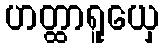
ဟတ္ထာရူယှေ